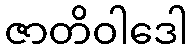
ဇာတိဝါဒေါ